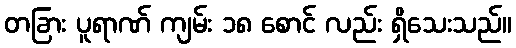
တခြား ပူရာဏ် ကျမ်း ၁၈ စောင် လည်း ရှိသေးသည်။